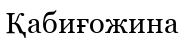
Қабиғожина